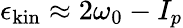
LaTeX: \epsilon_{\mathrm{kin}}\approx 2\omega_{0}-I_{p}